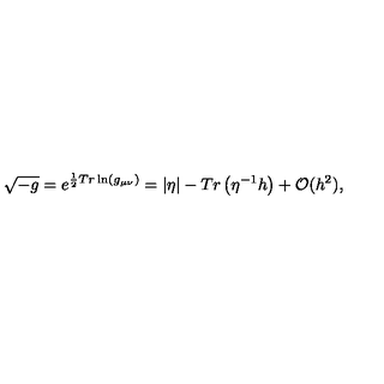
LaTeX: \sqrt { - g } = e ^ { \frac { 1 } { 2 } T r \ln ( g _ { \mu \nu } ) } = | \eta | - T r \left( \eta ^ { - 1 } h \right) + { \cal O } ( h ^ { 2 } ) ,